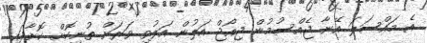
އެ މައްސަލަ އޭނާ ޖެއްސުމުން ޖިއޯޖް އަލުން އަލުވި ވަރަށް ތުނިކޮށް ކޮށާފައި